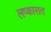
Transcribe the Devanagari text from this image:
लष्कारात